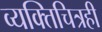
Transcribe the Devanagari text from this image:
व्यक्तिचित्रही